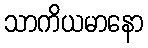
သာကိယမာနော